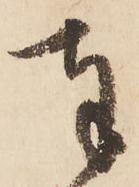
奉